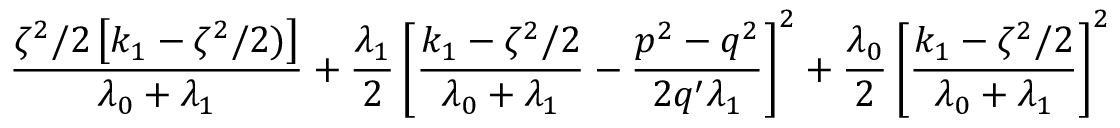
\frac { \zeta ^ { 2 } / 2 \left[ k _ { 1 } - \zeta ^ { 2 } / 2 ) \right] } { \lambda _ { 0 } + \lambda _ { 1 } } + \frac { \lambda _ { 1 } } { 2 } \left[ \frac { k _ { 1 } - \zeta ^ { 2 } / 2 } { \lambda _ { 0 } + \lambda _ { 1 } } - \frac { p ^ { 2 } - q ^ { 2 } } { 2 q ^ { \prime } \lambda _ { 1 } } \right] ^ { 2 } + \frac { \lambda _ { 0 } } { 2 } \left[ \frac { k _ { 1 } - \zeta ^ { 2 } / 2 } { \lambda _ { 0 } + \lambda _ { 1 } } \right] ^ { 2 }